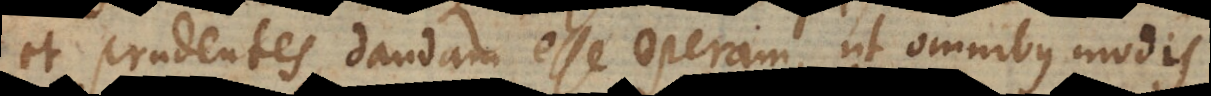
et prudentes dandam esse operam, ut omnibus modis